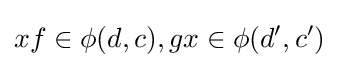
xf\in \phi (d,c),gx\in \phi (d',c')